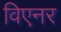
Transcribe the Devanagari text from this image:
विएनर